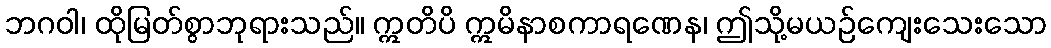
ဘဂဝါ၊ ထိုမြတ်စွာဘုရားသည်။ ဣတိပိ ဣမိနာစကာရဏေန၊ ဤသို့မယဉ်ကျေးသေးသော